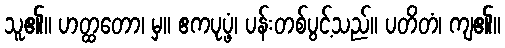
သူ၏။ ဟတ္ထတော၊ မှ။ ဧကပုပ္ဖံ၊ ပန်းတစ်ပွင့်သည်။ ပတိတံ၊ ကျ၏။